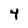
Character: 4